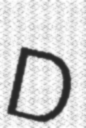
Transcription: D